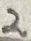
Text: 2